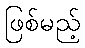
ဖြစ်မည့်